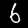
Digit: 6